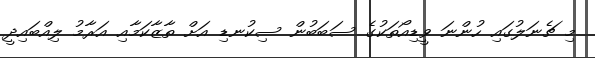
މި ޗެނަލުގައި ހުންނަ ވީޑިއޯތަކުގެ ސަބަބުން ސިކުނޑި އަށް ތާޒާކަމާއި އަރާމު ލިއްބައިދީ